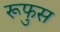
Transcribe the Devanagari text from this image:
रूफुस